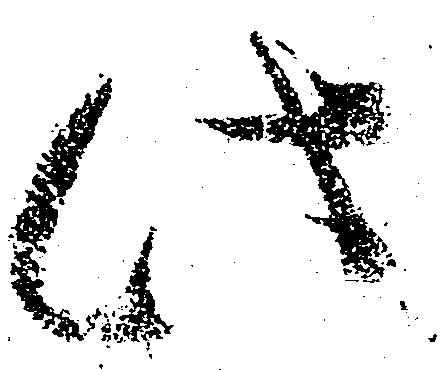
此